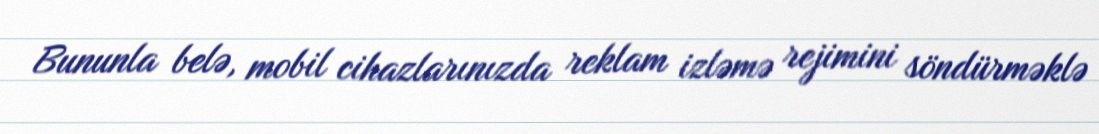
Bununla belə, mobil cihazlarınızda reklam izləmə rejimini söndürməklə